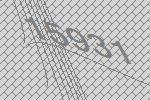
15931